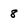
Character: 8